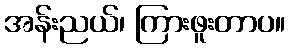
အန်းညယ်၊ ကြားဖူးတာပ။